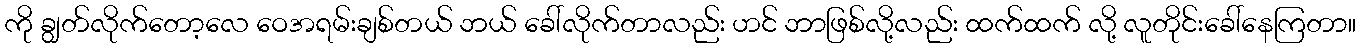
ကို ချွတ်လိုက်တော့လေ ဝေအရမ်းချစ်တယ် ဘယ် ခေါ်လိုက်တာလည်း ဟင် ဘာဖြစ်လို့လည်း ထက်ထက် လို့ လူတိုင်းခေါ်နေကြတာ။